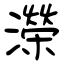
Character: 濚